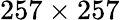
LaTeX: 257\times 257